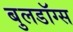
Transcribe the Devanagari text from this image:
बुलडॉग्स